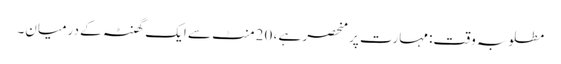
مطلوبہ وقت: مہارت پر منحصر ہے ، 20 منٹ سے ایک گھنٹہ کے درمیان۔